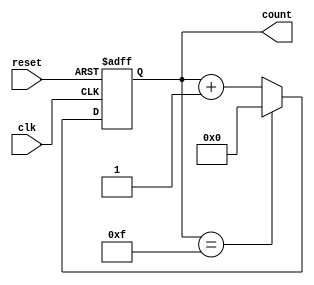
module UpCounter (
    input wire clk,        // Clock input
    input wire reset,      // Asynchronous reset
    output reg [N-1:0] count // N-bit binary output
);
    parameter N = 4; // Change N to the desired bit width

    always @(posedge clk or posedge reset) begin
        if (reset) begin
            count <= 0; // Asynchronous reset to 0
        end else begin
            if (count == (1 << N) - 1) begin
                count <= 0; // Wrap around to 0
            end else begin
                count <= count + 1; // Increment count
            end
        end
    end
endmodule